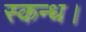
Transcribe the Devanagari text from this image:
स्कन्ध।